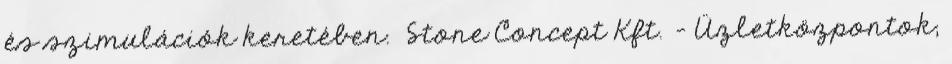
és szimulációk keretében. Stone Concept Kft. - Üzletközpontok,